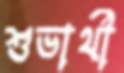
শুভার্থী